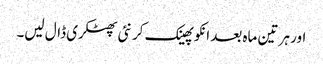
اور ہر تین ماہ بعد انکو پھینک کر نئی پھٹکری ڈال لیں۔